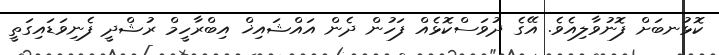
ކޮޅުނބަށް ފޮނުވާލިއެވެ. އޭގެ ދުވަސްކޮޅެއް ފަހުން ދެން އައްޝައިޚް އިބްރާހީމް ރުޝްދީ ފެނިވަޑައިގަތީ